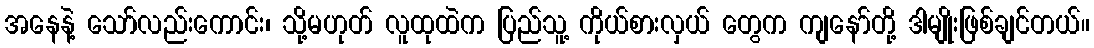
အနေနဲ့ သော်လည်းကောင်း၊ သို့မဟုတ် လူထုထဲက ပြည်သူ့ ကိုယ်စားလှယ် တွေက ကျနော်တို့ ဒါမျိုးဖြစ်ချင်တယ်။